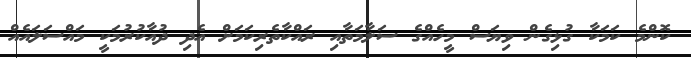
ކޮންމެ ކަމަކާ ގުޅިގެން ވިޔަސް މީހެއްގެ ސަލާމަތާއި ރައްކާތެރިކަމަށް އެދި ދުއާކުރުމަކީ މައްސަލައެއް